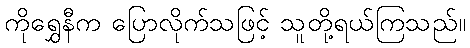
ကိုရွှေနီက ပြောလိုက်သဖြင့် သူတို့ရယ်ကြသည်။